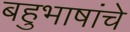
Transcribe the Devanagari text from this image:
बहुभाषांचे